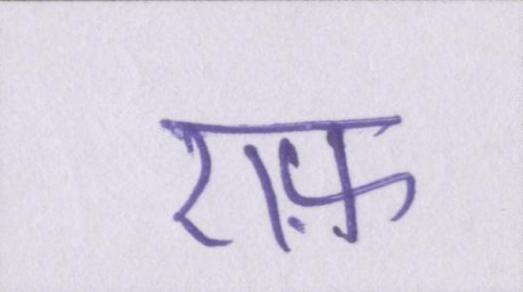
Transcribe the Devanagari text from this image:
एफ़